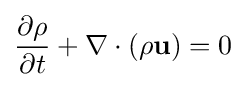
{\frac {\partial \rho }{\partial t}}+\nabla \cdot (\rho {\textbf {u}})=0